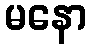
မနော